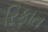
રિફાત